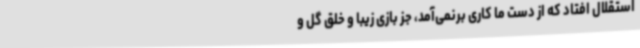
استقلال افتاد که از دست ما کاری برنمی‌آمد، جز بازی زیبا و خلق گل و